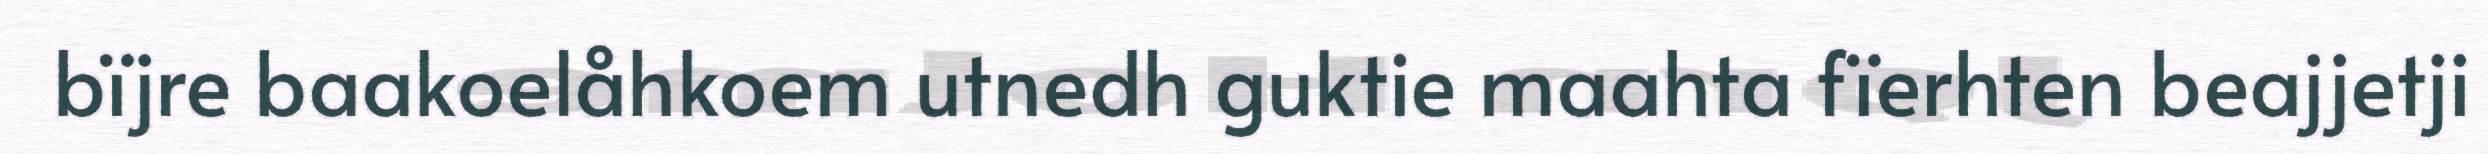
bïjre baakoelåhkoem utnedh guktie maahta fïerhten beajjetji